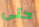
حتى